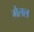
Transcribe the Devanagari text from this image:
गैलल